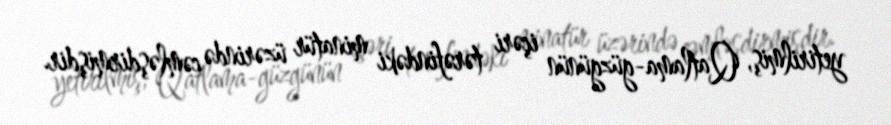
yetirilmiş, Qatlama-güzgünün içəri tərəfindəki minatür üzərində cəmləşdirmişdir.